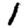
Digit: 1